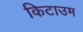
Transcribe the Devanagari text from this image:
किटाउम